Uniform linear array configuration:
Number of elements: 4
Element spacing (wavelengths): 0.5
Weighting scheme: hamming
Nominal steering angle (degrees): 60
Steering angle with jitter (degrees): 60.083
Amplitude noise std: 0.05
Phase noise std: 0.05

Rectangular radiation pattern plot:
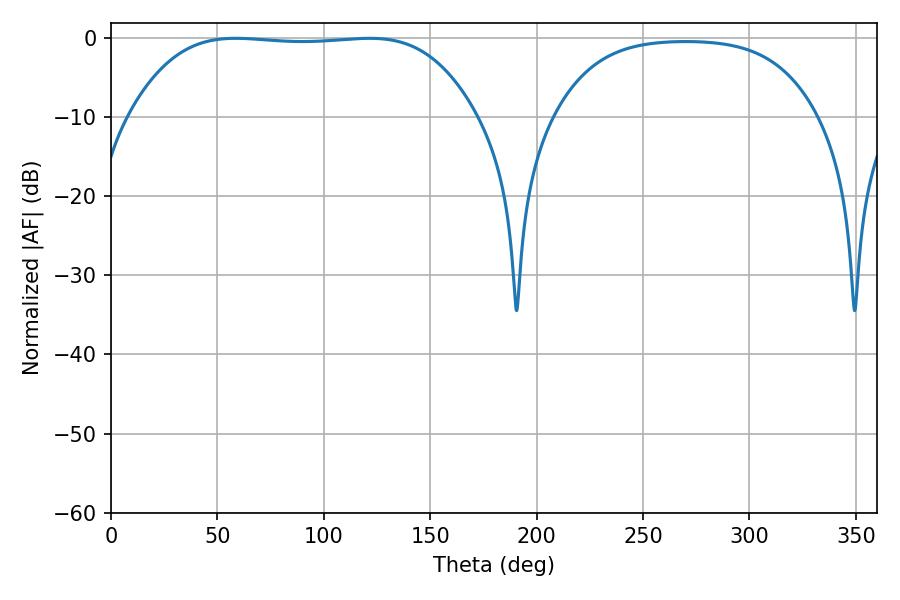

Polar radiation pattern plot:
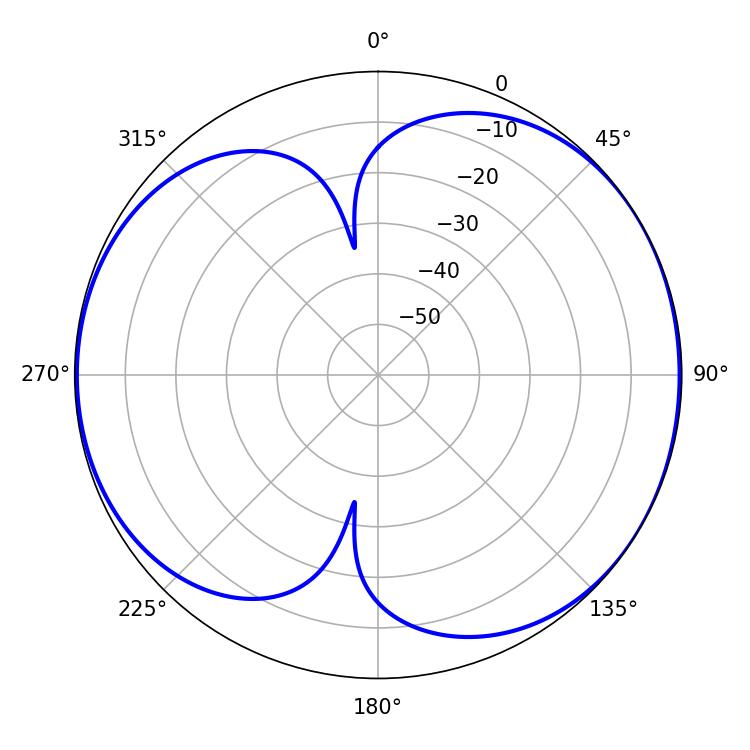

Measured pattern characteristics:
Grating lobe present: FALSE
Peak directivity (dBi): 5.958
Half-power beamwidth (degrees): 126
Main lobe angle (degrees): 58.68